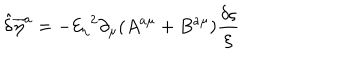
{ \hat { \delta } } { { \overline { { { \eta } } } } ^ { a } } = - { { \mathcal { E } _ { \eta } } } ^ { 2 } \partial _ { \mu } ( A ^ { a \mu } + B ^ { a \mu } ) { \frac { \delta \varsigma } { \xi } }